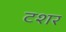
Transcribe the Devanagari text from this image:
टशर